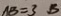
A B = 3 B